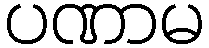
ပဏာမ